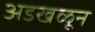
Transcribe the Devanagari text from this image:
अडखळून